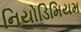
નિયોડિમિયમ